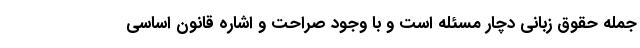
جمله حقوق زبانی دچار مسئله است و با وجود صراحت و اشاره قانون اساسی